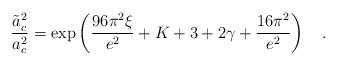
LaTeX: \begin{align*}{\tilde{a}_{c}^2 \over a_{c}^2} = \exp\left({96\pi^2 \xi \over e^2}+K+3+2 \gamma + {16 \pi^2 \over e^2}\right)~~~.\end{align*}